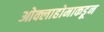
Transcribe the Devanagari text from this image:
ओक्लाहोमाकडून